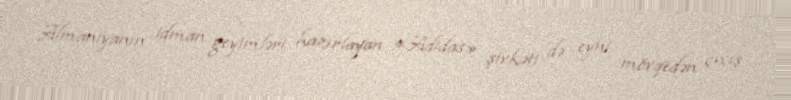
Almaniyanın idman geyimləri hazırlayan «Adidas» şirkəti də eyni mövqedən çıxış